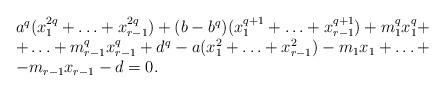
LaTeX: \begin{align*}\begin{array}{l}a^q(x_1^{2q}+\ldots+x_{r-1}^{2q})+(b-b^q)(x_1^{q+1}+\ldots+x_{r-1}^{q+1})+m_1^qx_1^{q}+\\+\ldots+m_{r-1}^qx_{r-1}^{q}+d^q-a(x_1^2+\ldots+x_{r-1}^2)-m_1x_1+\ldots+ \\-m_{r-1}x_{r-1}-d=0 .\end{array}\end{align*}